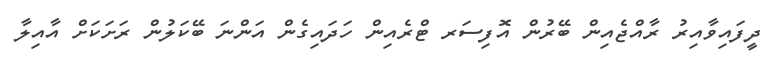
ދީފައިވާއިރު ރާއްޖެއިން ބޭރުން އޮފިސަރ ޓްރެއިން ހަދައިގެން އަންނަ ބޭކަލުން ރަށަކަށް އާއިލާ